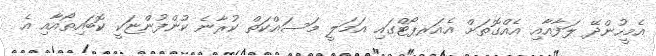
އެމީހުންދޭ ލަފާއާއި އެއްގޮތަށް އެއަރޕޯޓްގައި އަމަލީ މަސައްކަތް ކުރާނެ ކުންފުންޏަކީ ކޮބައިތޯއާއި އެ